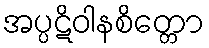
အပ္ပဋိဝါနစိတ္တော